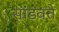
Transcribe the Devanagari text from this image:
सांडवते